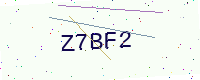
Text: Z7BF2